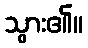
သွား၏။